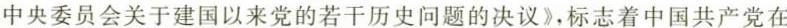
中央委员会关于建国以来党的若干历史问题的决议》，标志着中国共产党在